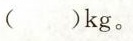
()kg。